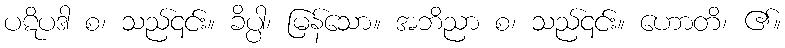
ပဋိပဒါ စ၊ သည်၎င်း။ ခိပ္ပါ၊ မြန်သော။ အဘိညာ စ၊ သည်၎င်း။ ဟောတိ၊ ၏။